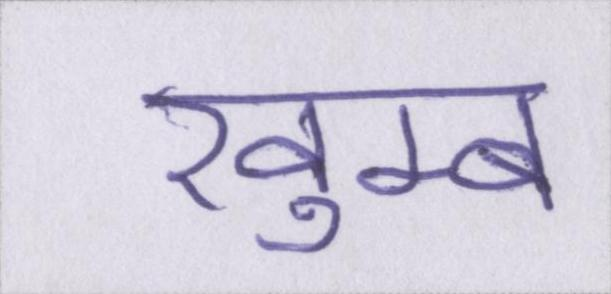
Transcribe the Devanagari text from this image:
खुम्ब